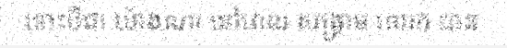
ទោះបីជា យ៉ាងណា នៅពេល សង្គ្រាម លោក បាន